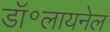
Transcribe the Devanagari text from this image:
डॉ॰लायनेल